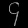
Digit: ၄